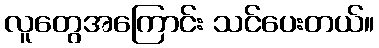
လူတွေအကြောင်း သင်ပေးတယ်။